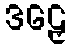
ဒဠှေ